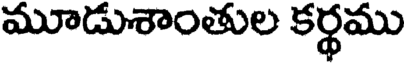
మూడుశాంతుల కర్థము